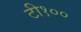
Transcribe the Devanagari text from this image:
टी१००